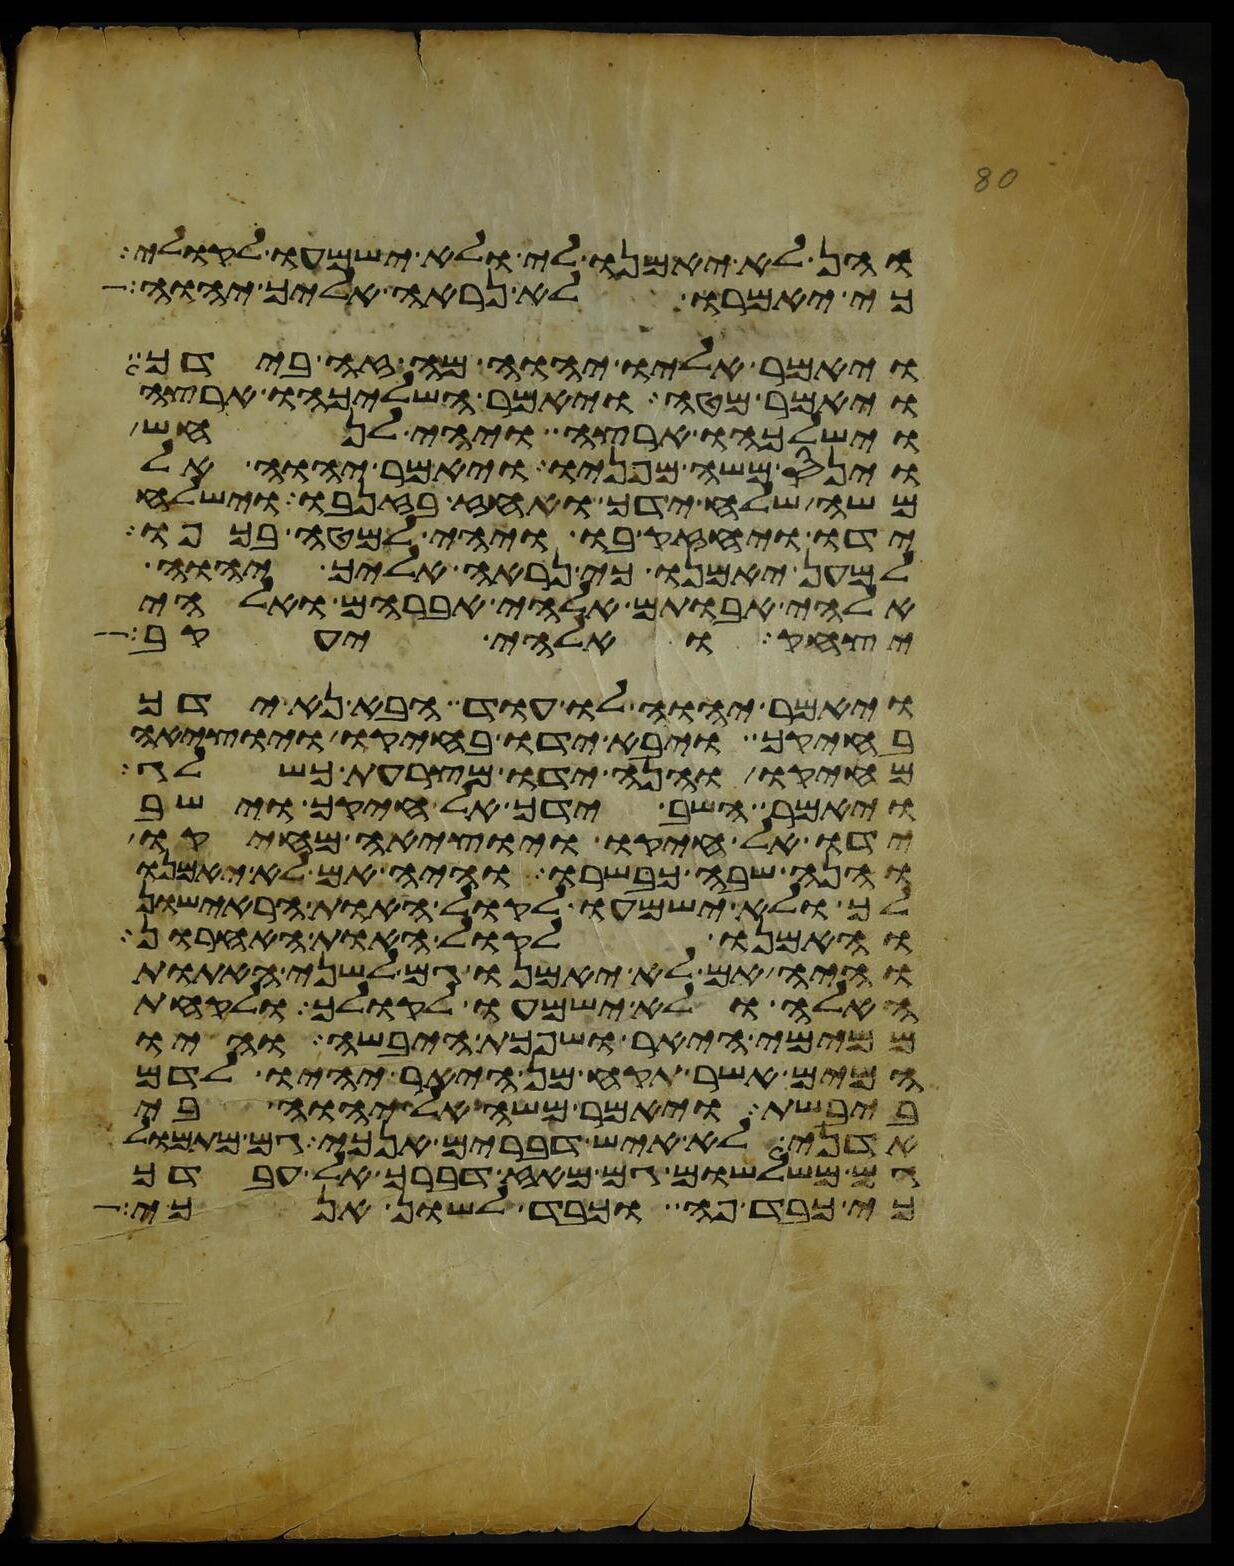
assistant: והן לא יאמנו לי ולא ישמעו לקולי
כי יאמרו לא נראה אליך יהוה
ויאמר אליו יהוה מה זה בידך
ויאמר מטה ויאמר השליכהו ארצה
וישלכהו ארצה ויהי לנחש
וינס משה מפניו ויאמר יהוה אל
משה שלח ידך ואחז בזנבו וישלח
ידו ויחזק בו ויהי למטה בכפו
למען יאמנו כי נראה אליך יהוה
אלהי אבותם אלהי אברהם ואלהי
יצחק ואלהי יעקב
ויאמר יהוה לו עוד הבא נא ידך
בחיקך ויבא ידו בחיקו ויוציאה
מחיקו והנה ידו מצרעת כשלג
ויאמר השב ידך אל חיקך וישב
ידו אל חיקו ויוציאה מחיקו
והנה שבה כבשרו והיה אם לא יאמנו
לך ולא ישמעו לקול האות הראישון
והאמנו לקול האות האחרון
והיה אם לא יאמנו גם לשני האתות
האלה ולא ישמעו לקולך ולקחת
ממימי היאר ושפכת היבשה והיו
המים אשר תקח מן היאר יהיו לדם
ביבשת ויאמר משה אל יהוה בי
אדני לא איש דברים אנכי גם מתמול
גם משלשום גם מאז דברך אל עבדך
כי כבד פה וכבד לשון אנכי